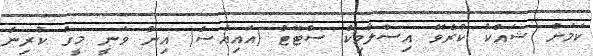
ކަމަށް ޝައްކު ކުރެވޭ އިސްލާމިކް ސްޓޭޓް (އައިއެސް) އިން ވަނީ މީގެ ކުރިން